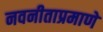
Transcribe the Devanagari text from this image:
नवनीताप्रमाणे